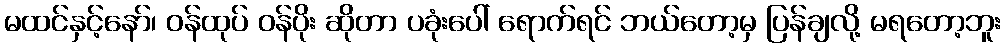
မထင်နှင့်နော်၊ ဝန်ထုပ် ဝန်ပိုး ဆိုတာ ပခုံးပေါ် ရောက်ရင် ဘယ်တော့မှ ပြန်ချလို့ မရတော့ဘူး